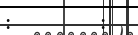
:        :